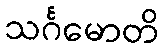
သင်္ဂမောတိ